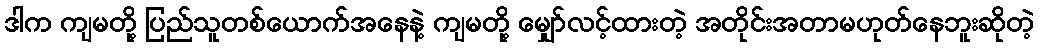
ဒါက ကျမတို့ ပြည်သူတစ်ယောက်အနေနဲ့ ကျမတို့ မျှော်လင့်ထားတဲ့ အတိုင်းအတာမဟုတ်နေဘူးဆိုတဲ့